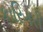
કારિગરી